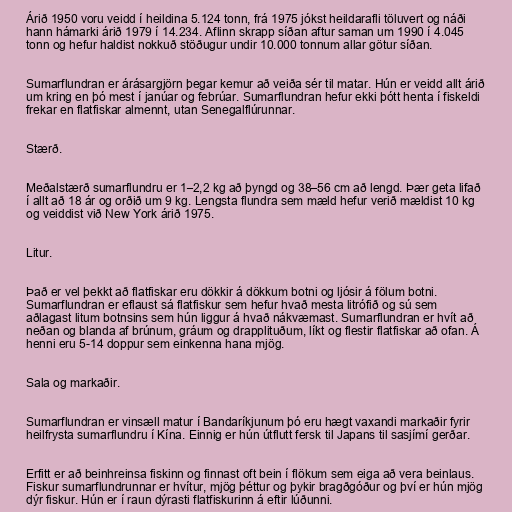
Árið 1950 voru veidd í heildina 5.124 tonn, frá 1975 jókst heildarafli töluvert og náði
hann hámarki árið 1979 í 14.234. Aflinn skrapp síðan aftur saman um 1990 í 4.045
tonn og hefur haldist nokkuð stöðugur undir 10.000 tonnum allar götur síðan.

Sumarflundran er árásargjörn þegar kemur að veiða sér til matar. Hún er veidd allt árið
um kring en þó mest í janúar og febrúar. Sumarflundran hefur ekki þótt henta í fiskeldi
frekar en flatfiskar almennt, utan Senegalflúrunnar.

Stærð.

Meðalstærð sumarflundru er 1–2,2 kg að þyngd og 38–56 cm að lengd. Þær geta lifað
í allt að 18 ár og orðið um 9 kg. Lengsta flundra sem mæld hefur verið mældist 10 kg
og veiddist við New York árið 1975.

Litur.

Það er vel þekkt að flatfiskar eru dökkir á dökkum botni og ljósir á fölum botni.
Sumarflundran er eflaust sá flatfiskur sem hefur hvað mesta litrófið og sú sem
aðlagast litum botnsins sem hún liggur á hvað nákvæmast. Sumarflundran er hvít að
neðan og blanda af brúnum, gráum og drapplituðum, líkt og flestir flatfiskar að ofan. Á
henni eru 5-14 doppur sem einkenna hana mjög.

Sala og markaðir.

Sumarflundran er vinsæll matur í Bandaríkjunum þó eru hægt vaxandi markaðir fyrir
heilfrysta sumarflundru í Kína. Einnig er hún útflutt fersk til Japans til sasjímí gerðar.

Erfitt er að beinhreinsa fiskinn og finnast oft bein í flökum sem eiga að vera beinlaus.
Fiskur sumarflundrunnar er hvítur, mjög þéttur og þykir bragðgóður og því er hún mjög
dýr fiskur. Hún er í raun dýrasti flatfiskurinn á eftir lúðunni.